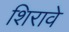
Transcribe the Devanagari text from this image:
शिरावे